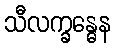
သီလက္ခန္ဓေန